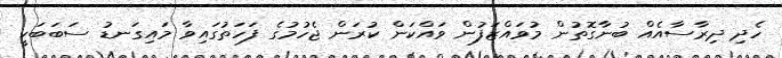
ހެދި ދިރާސާއެއް ބުނާގޮތުން މުވައްޒަފުން ވައްކަން ކުރަން ޖެހުމުގެ ފަހަތުގައިވާ މައިގަނޑު ސަބަބަކީ